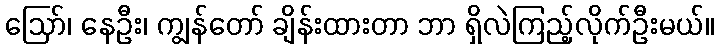
ဪ၊ နေဦး၊ ကျွန်တော် ချိန်းထားတာ ဘာ ရှိလဲကြည့်လိုက်ဦးမယ်။